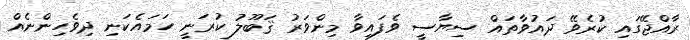
ރާއްޖޭގައި ކުރެވޭ ދައުވާތައް ސިޔާސީ ވެފައިވާ މިންވަރު ޤަބޫލު ކުރަނީ ހަމައެކަނި ދިވެހިންނެއް